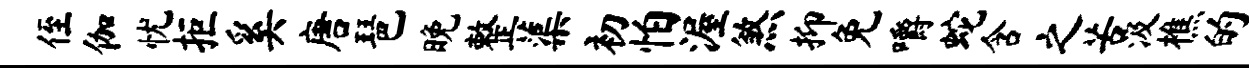
侄伽忧拒奚唐琶晚整蕖初怕渥煞抑免嚼蛇含之苦汲樵的